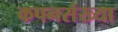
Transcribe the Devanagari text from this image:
कपनसंख्या